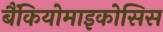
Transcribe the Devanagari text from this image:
बैंकियोमाइकोसिस